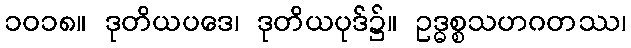
၁၀၁၈။ ဒုတိယပဒေ၊ ဒုတိယပုဒ်၌။ ဥဒ္ဓစ္စသဟဂတဿ၊